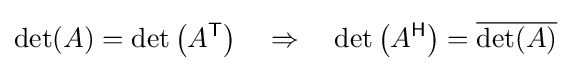
\det(A)=\det \left(A^{\mathsf {T}}\right)\quad \Rightarrow \quad \det \left(A^{\mathsf {H}}\right)={\overline {\det(A)}}